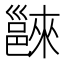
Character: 𨝖